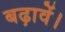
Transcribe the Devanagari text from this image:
बढ़ावें।